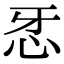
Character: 𢗬